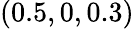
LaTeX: (0.5,0,0.3)